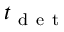
t _ { \mathrm { ~ d ~ e ~ t ~ } }